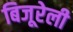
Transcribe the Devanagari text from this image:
बिजूरेली